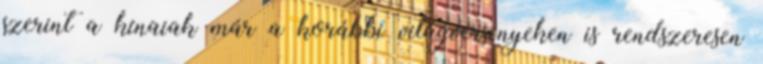
szerint a kínaiak már a korábbi világversenyeken is rendszeresen